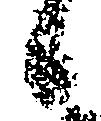
候